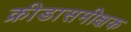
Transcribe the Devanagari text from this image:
क्रीडासमीक्षक